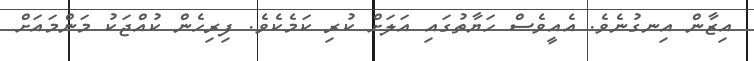
އިޒާން އިނގުނެވެ. އެއީވެސް ހަޔާތުގައި އަލަށް ކުރި ކަމެކެވެ. ފިރިހެން ކުއްޖަކު މަންމައަށް